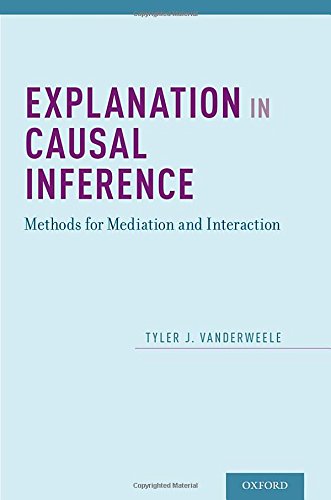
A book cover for Explanation in Causal Inference: Methods for Mediation and Interaction; Tyler VanderWeele; Medical Books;